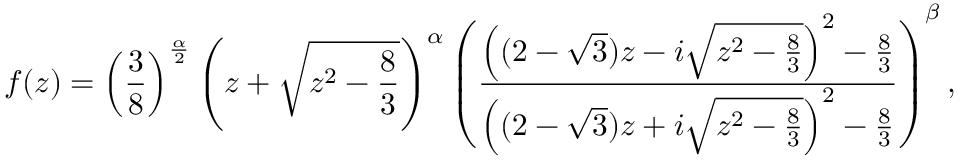
f ( z ) = \left( \frac { 3 } { 8 } \right) ^ { \frac { \alpha } { 2 } } \left( z + \sqrt { z ^ { 2 } - \frac { 8 } { 3 } } \right) ^ { \alpha } \left( \frac { \left( ( 2 - \sqrt { 3 } ) z - i \sqrt { z ^ { 2 } - \frac { 8 } { 3 } } \right) ^ { 2 } - \frac { 8 } { 3 } } { \left( ( 2 - \sqrt { 3 } ) z + i \sqrt { z ^ { 2 } - \frac { 8 } { 3 } } \right) ^ { 2 } - \frac { 8 } { 3 } } \right) ^ { { \beta } } ,